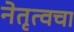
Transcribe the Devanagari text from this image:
नेतृत्वचा